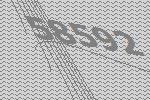
58592